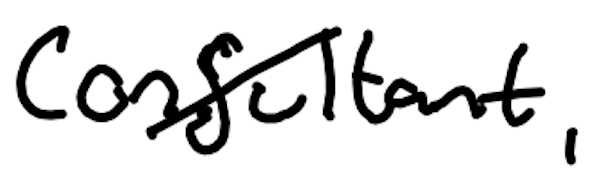
Text: consultant,
Cross-out: diagonal
Writing tool: digital_black